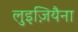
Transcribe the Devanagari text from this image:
लुइज़ियैना